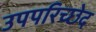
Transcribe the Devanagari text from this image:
उपपरिच्छेद